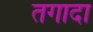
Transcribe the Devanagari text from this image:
तगादा